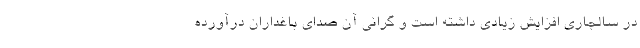
در سالجاری افزایش زیادی داشته است و گرانی آن صدای باغداران درآورده